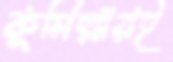
কুমিল্লারই